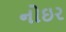
નોઇર